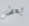
بعض